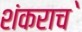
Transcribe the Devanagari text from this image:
शंकराच॓